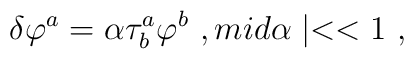
\delta \varphi^{a} = \alpha \tau_{b}^{a} \varphi^{b} \ , \\mid \alpha \mid << 1 \ ,